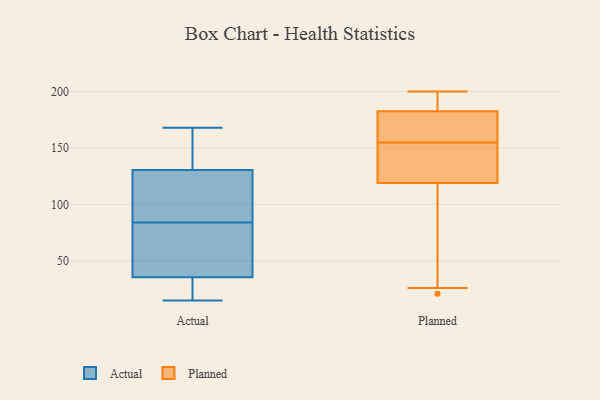
{"axis": {"x": "Latency (ms)", "y": "Value"}, "legend": ["Actual", "Planned"], "data": [{"x": "", "y": 36, "type": "Actual"}, {"x": "", "y": 60, "type": "Actual"}, {"x": "", "y": 73, "type": "Actual"}, {"x": "", "y": 72, "type": "Actual"}, {"x": "", "y": 125, "type": "Actual"}, {"x": "", "y": 143, "type": "Actual"}, {"x": "", "y": 136, "type": "Actual"}, {"x": "", "y": 34, "type": "Actual"}, {"x": "", "y": 15, "type": "Actual"}, {"x": "", "y": 149, "type": "Actual"}, {"x": "", "y": 95, "type": "Actual"}, {"x": "", "y": 114, "type": "Actual"}, {"x": "", "y": 35, "type": "Actual"}, {"x": "", "y": 121, "type": "Actual"}, {"x": "", "y": 168, "type": "Actual"}, {"x": "", "y": 33, "type": "Actual"}, {"x": "", "y": 153, "type": "Planned"}, {"x": "", "y": 165, "type": "Planned"}, {"x": "", "y": 26, "type": "Planned"}, {"x": "", "y": 197, "type": "Planned"}, {"x": "", "y": 21, "type": "Planned"}, {"x": "", "y": 199, "type": "Planned"}, {"x": "", "y": 168, "type": "Planned"}, {"x": "", "y": 157, "type": "Planned"}, {"x": "", "y": 200, "type": "Planned"}, {"x": "", "y": 119, "type": "Planned"}, {"x": "", "y": 146, "type": "Planned"}, {"x": "", "y": 119, "type": "Planned"}]}